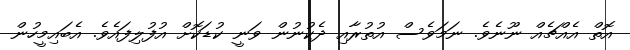
އޮތް އެއްޗެއް ނޫނެވެ. ނަމަވެސް އުތުރާއި ދެކުނުން ވަނީ ކުޑަކޮށް އުފުލިފައެވެ. އެބައިމީހުން